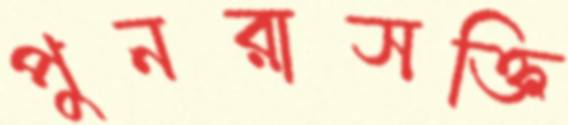
পুনরাসক্তি